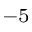
^ { - 5 }